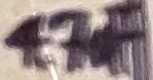
Text: 4,7uF